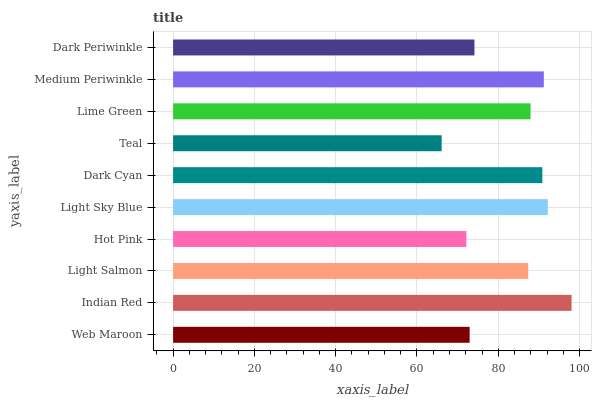
| yaxis_label | bars |
 | --- | --- |
 | Web Maroon | 73 |
 | Indian Red | 98 |
 | Light Salmon | 87.4 |
 | Hot Pink | 72.1 |
 | Light Sky Blue | 92.2 |
 | Dark Cyan | 90.8 |
 | Teal | 66.1 |
 | Lime Green | 87.9 |
 | Medium Periwinkle | 91.2 |
 | Dark Periwinkle | 74.1 |